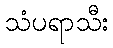
သံပရာသီး